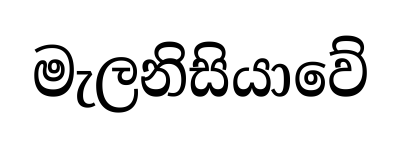
මැලනිසියාවේ